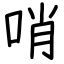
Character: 哨